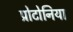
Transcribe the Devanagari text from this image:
प्रोटोनिया